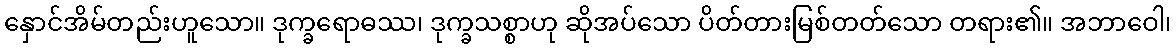
နှောင်အိမ်တည်းဟူသော။ ဒုက္ခရောဓဿ၊ ဒုက္ခသစ္စာဟု ဆိုအပ်သော ပိတ်တားမြစ်တတ်သော တရား၏။ အဘာဝေါ၊